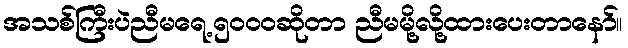
အသစ်ကြီးပဲညီမရေ့၅၀၀၀ဆိုတာ ညီမမို့လို့ထားပေးတာနော်။